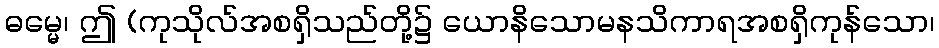
ဓမ္မေ၊ ဤ (ကုသိုလ်အစရှိသည်တို့၌ ယောနိသောမနသိကာရအစရှိကုန်သော၊